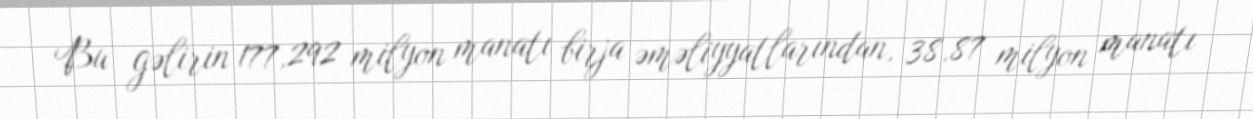
Bu gəlirin 177,292 milyon manatı birja əməliyyatlarından, 38,87 milyon manatı